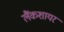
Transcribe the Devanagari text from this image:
लैंकशायर